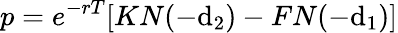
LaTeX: p=e^{-rT}[KN(-\mathrm{d}_{2})-FN(-\mathrm{d}_{1})]